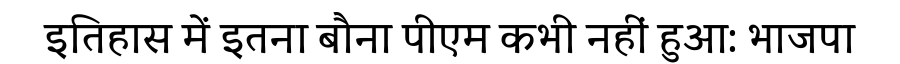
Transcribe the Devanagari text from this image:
इतिहास में इतना बौना पीएम कभी नहीं हुआ: भाजपा